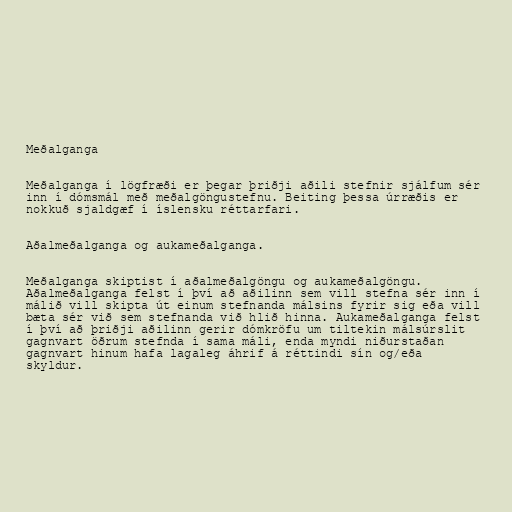
Meðalganga

Meðalganga í lögfræði er þegar þriðji aðili stefnir sjálfum sér
inn í dómsmál með meðalgöngustefnu. Beiting þessa úrræðis er
nokkuð sjaldgæf í íslensku réttarfari.

Aðalmeðalganga og aukameðalganga.

Meðalganga skiptist í aðalmeðalgöngu og aukameðalgöngu.
Aðalmeðalganga felst í því að aðilinn sem vill stefna sér inn í
málið vill skipta út einum stefnanda málsins fyrir sig eða vill
bæta sér við sem stefnanda við hlið hinna. Aukameðalganga felst
í því að þriðji aðilinn gerir dómkröfu um tiltekin málsúrslit
gagnvart öðrum stefnda í sama máli, enda myndi niðurstaðan
gagnvart hinum hafa lagaleg áhrif á réttindi sín og/eða
skyldur.